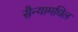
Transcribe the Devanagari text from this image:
सैन्यामधिल